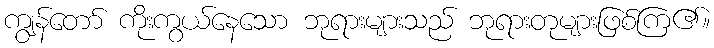
ကျွန်တော် ကိုးကွယ်နေသော ဘုရားများသည် ဘုရားတုများဖြစ်ကြ၏။